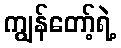
ကျွန်တော့်ရဲ့